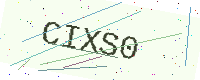
Text: CIXS0